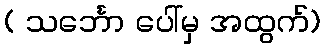
( သင်္ဘော ပေါ်မှ အထွက်)